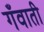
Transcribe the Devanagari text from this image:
गँवाती